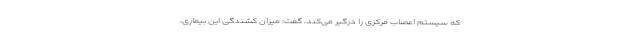
که سیستم اعصاب مرکزی را درگیر می‌کند، گفت: میزان کشندگی این بیماری،